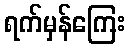
ရက်မှန်ကြေး